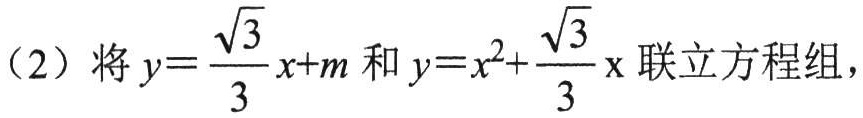
（2）将\(y = \frac{\sqrt{3}}{3}x + m\)和\(y = x^{2}+\frac{\sqrt{3}}{3}x\)联立方程组，